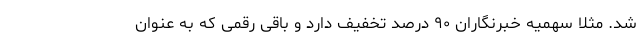
شد. مثلا سهمیه خبرنگاران ۹۰ درصد تخفیف دارد و باقی رقمی که به عنوان